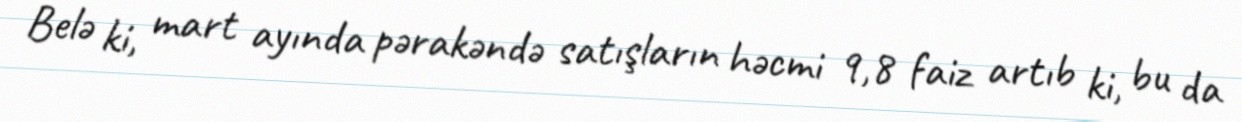
Belə ki, mart ayında pərakəndə satışların həcmi 9,8 faiz artıb ki, bu da